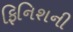
ફિનિશની